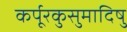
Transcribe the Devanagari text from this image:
कर्पूरकुसुमादिषु